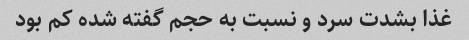
غذا بشدت سرد و نسبت به حجم گفته شده کم بود